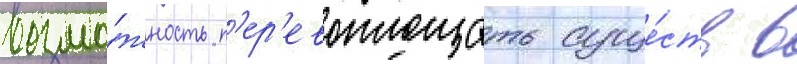
возмо́жность п'ер'евоплощать суще́ств в